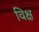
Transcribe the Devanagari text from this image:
विक्ष